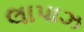
લાપાઝ